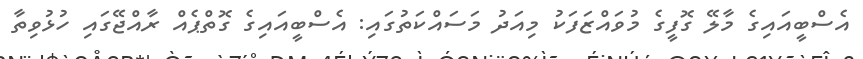
އެސްބީއައިގެ މާލޭ ގޮފީގެ މުވައްޒަފަކު މިއަދު މަސައްކަތުގައި: އެސްބީއައިގެ ގޮތްޕެއް ރާއްޖޭގައި ހުޅުވިތާ